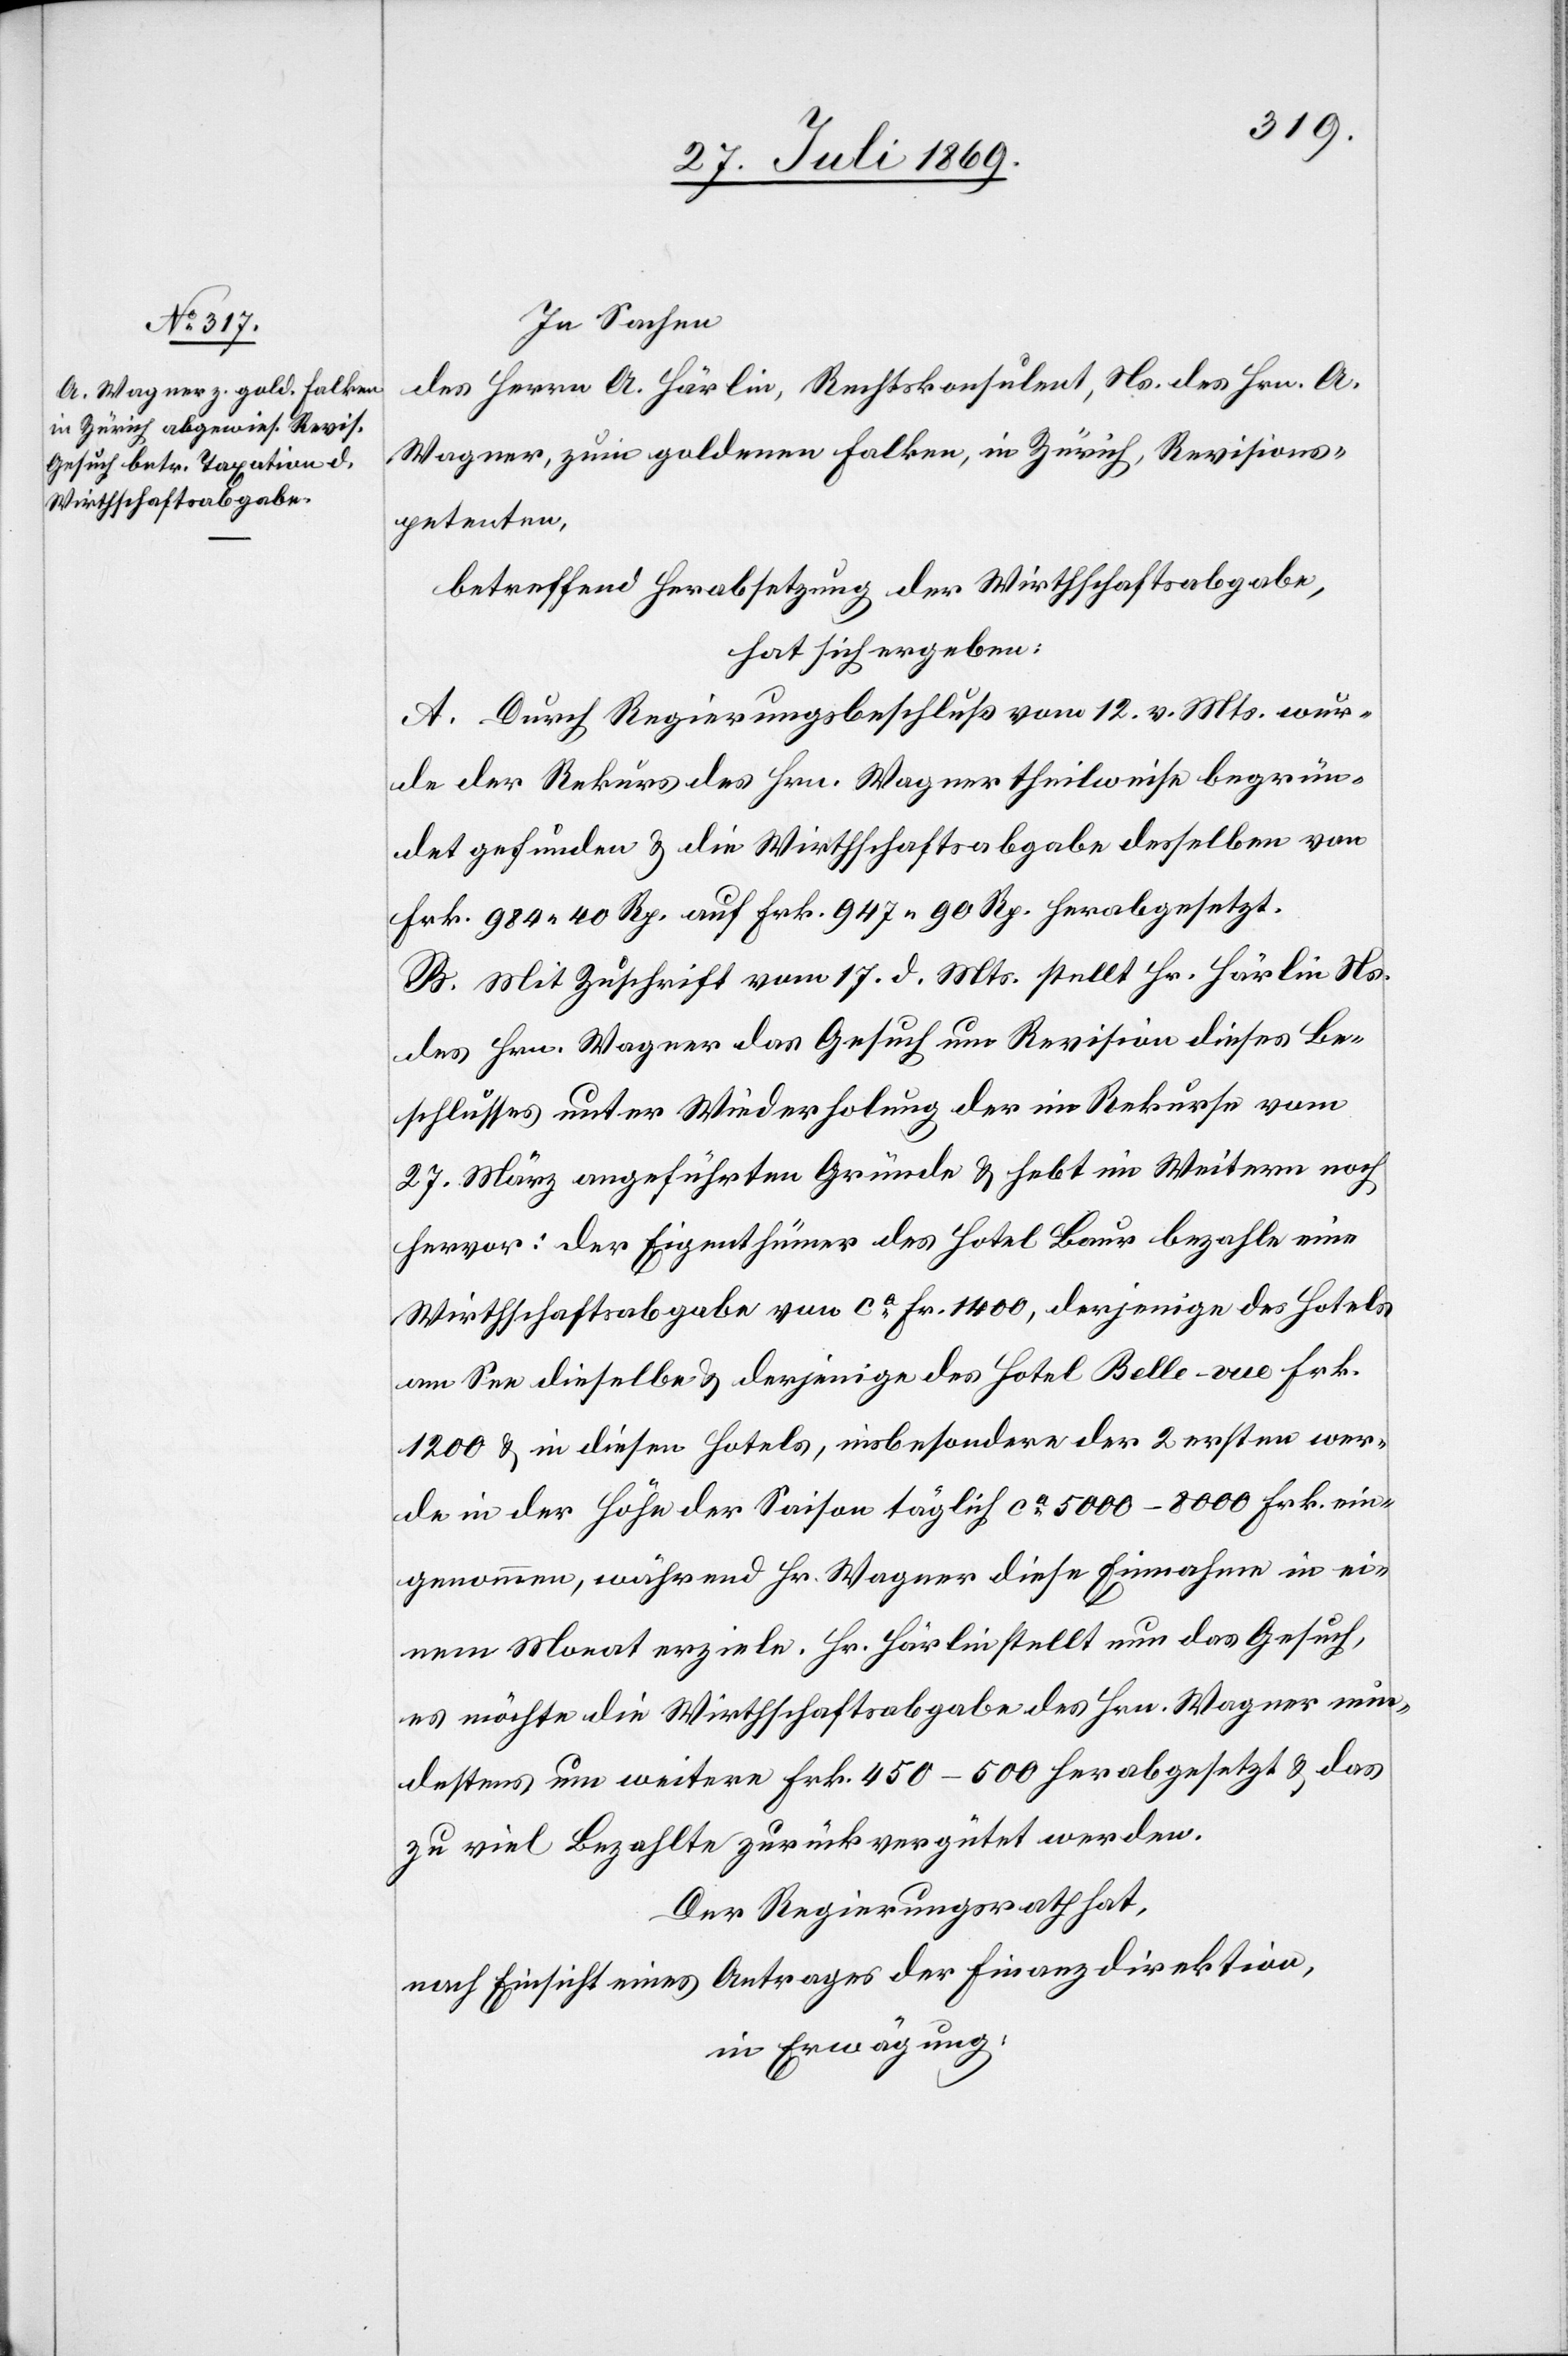
In Sachen
des Herrn A. Härlin, Rechtskonsulent, Ns. des Hrn. A.
Wagner, zum goldenen Falken, in Zürich, Revisions¬
petenten,
betreffend Herabsetzung der Wirthschaftsabgabe,
hat sich ergeben:
A. Durch Regierungsbeschluß vom 12 v. Mts. wur¬
de der Rekurs des Hrn. Wagner theilweise begrün¬
det gefunden u. die Wirthschaftsabgabe desselben von
Frk. 984.40 Rp. auf Frk. 947.90 Rp. herabgesetzt.
B. Mit Zuschrift vom 17 d. Mts. stellt Hr. Härlin Ns.
des Hrn. Wagner das Gesuch um Revision dieses Be¬
schlusses unter Wiederholung der im Rekurse vom
27 März angeführten Gründe u. hebt im Weitern noch
hervor: der Eigenthümer des Hotel Baur bezahle eine
Wirthschaftsabgabe von ca Fr 1400, derjenige des Hotels
am See dieselbe u. derjenige des Hotel Belle-vue Frk.
1200 u. in diesen Hotels, insbesondere der 2 ersten wer¬
de in der Höhe der Saison täglich ca 5000–8000 Frk. ein¬
genommen, während Hr. Wagner diese Einnahme in ei¬
nem Monat erziele. Hr. Härlin stellt nun das Gesuch,
es möchte die Wirthschaftsabgabe des Hrn. Wagner min¬
destens um weitere Frk. 450–500 herabgesetzt u. das
zu viel Bezahlte zurückvergütet werden.
Der Regierungsrath hat,
nach Einsicht eines Antrages der Finanzdirektion,
in Erwägung: